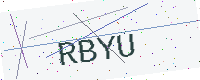
Text: RBYU